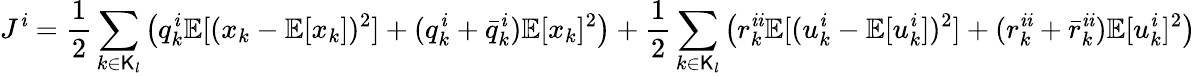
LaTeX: J^{\mathit{i}}=\frac{{1}}{{2}}\sum_{k\in\mathsf{{K}}_{l}}\big(q_{k}^{\mathit{i}}\mathbb{{E}}[(x_{k}-\mathbb{{E}}[x_{k}])^{2}]+(q_{k}^{\mathit{i}}+\bar{{q}}_{k}^{\mathit{i}})\mathbb{{E}}[x_{k}]^{2}\big)+\frac{{1}}{{2}}\sum_{k\in\mathsf{{K}}_{l}}\big(r_{k}^{\mathit{i}\mathit{i}}\mathbb{{E}}[(u_{k}^{\mathit{i}}-\mathbb{{E}}[u_{k}^{\mathit{i}}])^{2}]+(r_{k}^{\mathit{i}\mathit{i}}+\bar{{r}}_{k}^{\mathit{i}\mathit{i}})\mathbb{{E}}[u_{k}^{\mathit{i}}]^{2}\big)